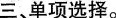
三、单项选择.